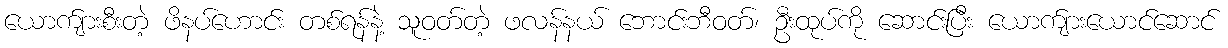
ယောက်ျားစီးတဲ့ ဖိနပ်ဟောင်း တစ်ရန်နဲ့ သူဝတ်တဲ့ ဖလန်နယ် ဘောင်းဘီဝတ်၊ ဦးထုပ်ကို ဆောင်းပြီး ယောက်ျားယောင်ဆောင်